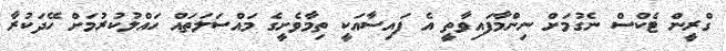
ގްރީން ޓެކްސް ނެގުމަށް ނިންމާފައިވާތީ އެ ފައިސާއަކީ ތިމާވެށީގެ މައްސަލަތައް ހައްލުކުރުމަށް ހޭދަކުރާ